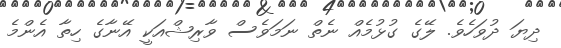
ދިޔަ ދުވަހެވެ. ލޭގެ ގުޅުމެއް ނެތް ނަމަވެސް ވާރިޝްއަކީ އޭނާގެ ހިތާ އެންމެ